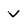
Character: v